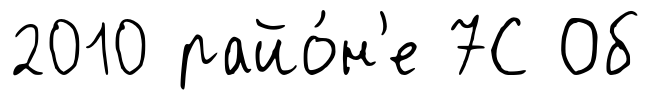
2010 райо́н'е 7С Об